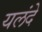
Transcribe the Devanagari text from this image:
यलंदे